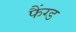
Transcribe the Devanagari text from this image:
फैंग्ड